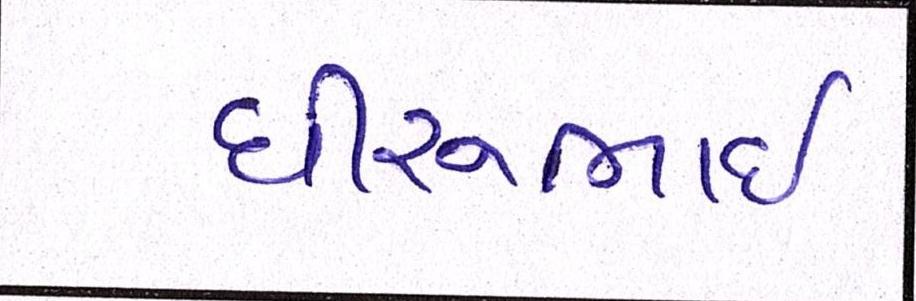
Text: ધીરુભાઇ